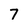
Character: 7